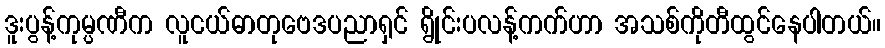
ဒူးပွန့်ကုမ္ပဏီက လူငယ်ဓာတုဗေဒပညာရှင် ရွိုင်းပလန့်ကက်ဟာ အသစ်ကိုတီထွင်နေပါတယ်။